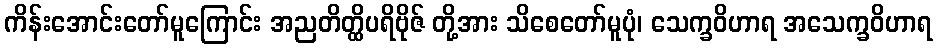
ကိန်းအောင်းတော်မူကြောင်း အညတိတ္ထိပရိဗိုဇ် တို့အား သိစေတော်မူပုံ၊ သေက္ခဝိဟာရ အသေက္ခဝိဟာရ